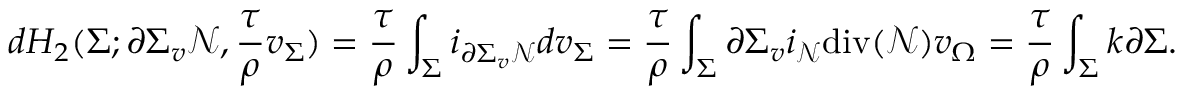
d H _ { 2 } ( \Sigma ; \partial \Sigma _ { v } \mathcal { N } , \frac { \tau } { \rho } v _ { \Sigma } ) = \frac { \tau } { \rho } \int _ { \Sigma } i _ { \partial \Sigma _ { v } \mathcal { N } } d v _ { \Sigma } = \frac { \tau } { \rho } \int _ { \Sigma } \partial \Sigma _ { v } i _ { \mathcal { N } } \mathrm { d i v } ( \mathcal { N } ) v _ { \Omega } = \frac { \tau } { \rho } \int _ { \Sigma } k \partial \Sigma .